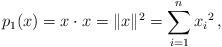
LaTeX: \begin{align*} p_1(x)=x\cdot x=\|x\|^2=\sum_{i=1}^n {x_i}^2\,,\end{align*}